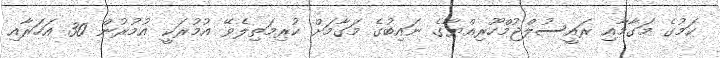
ކަމުގެ މަގާމާއި ރައީސުލްޖުމްހޫރިއްޔާގެ ނައިބުގެ މަގާމަށް ކުރިމަތިލެވޭ އުމުރަކީ އުމުރުން 30 އަހަރާއި